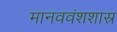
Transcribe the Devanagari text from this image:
मानववंशशास्र